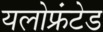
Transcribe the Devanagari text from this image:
यलोफ्रंटेड